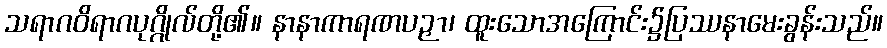
သရာဂဝိရာဂပုဂ္ဂိုလ်တို့၏။ နာနာကာရဏပဉှာ၊ ထူးသောအကြောင်း၌ပြဿနာမေးခွန်းသည်။